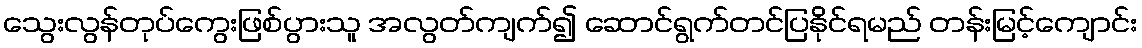
သွေးလွန်တုပ်ကွေးဖြစ်ပွားသူ အလွတ်ကျက်၍ ဆောင်ရွက်တင်ပြနိုင်ရမည် တန်းမြင့်ကျောင်း